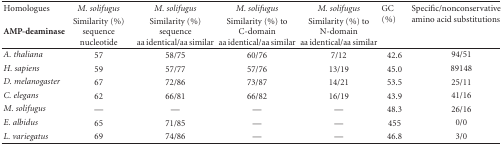
| Homologues | M. solifugus | M. solifugus | M. solifugus | M. solifugus | <ROWSPAN=2> GC (%) | <ROWSPAN=2> Specific/nonconservative amino acid substitutions |
 | AMP-deaminase | Similarity (%) sequence nucleotide | Similarity (%) sequence aa identical/aa similar | Similarity (%) to C-domain aa identical/aa similar | Similarity (%) to N-domain aa identical/aa similar |
 | --- | --- | --- | --- | --- | --- | --- |
 | A. thaliana | 57 | 58/75 | 60/76 | 7/12 | 42.6 | 94/51 |
 | H. sapiens | 59 | 57/77 | 57/76 | 13/19 | 45.0 | 89148 |
 | D. melanogaster | 67 | 72/86 | 73/87 | 14/21 | 53.5 | 25/11 |
 | C. elegans | 62 | 66/81 | 66/82 | 16/19 | 43.9 | 41/16 |
 | M. solifugus | — | — | — | — | 48.3 | 26/16 |
 | E. albidus | 65 | 71/85 | — | — | 455 | 0/0 |
 | L. variegatus | 69 | 74/86 | — | — | 46.8 | 3/0 |